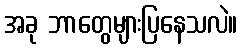
အခု ဘာတွေများပြနေသလဲ။